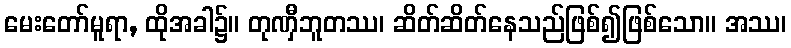
မေးတော်မူရာ, ထိုအခါ၌။ တုဏှီဘူတဿ၊ ဆိတ်ဆိတ်နေသည်ဖြစ်၍ဖြစ်သော။ အဿ၊